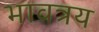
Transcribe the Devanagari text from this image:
भावत्रय